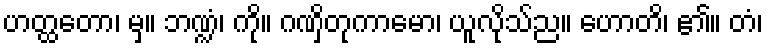
ဟတ္ထတော၊ မှ။ ဘဏ္ဍံ၊ ကို။ ဂဏှိတုကာမော၊ ယူလိုသ်ည။ ဟောတိ၊ ၏။ တံ၊